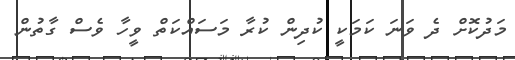
މަދުކޮށް ދެ ވަނަ ކަމަކީ ކުދިން ކުރާ މަސައްކަތް ވީހާ ވެސް ގާތުން